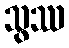
သွဿ